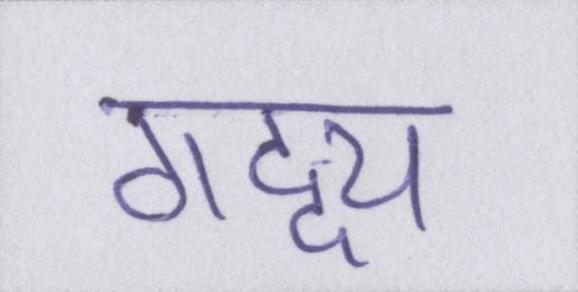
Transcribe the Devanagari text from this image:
गद्द्य